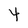
Character: 4